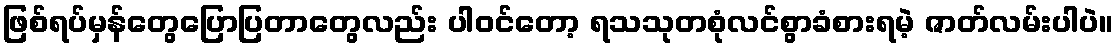
ဖြစ်ရပ်မှန်တွေပြောပြတာတွေလည်း ပါဝင်တော့ ရသသုတစုံလင်စွာခံစားရမဲ့ ဇာတ်လမ်းပါပဲ။